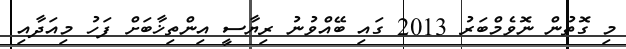
މި ގޮތުން ނޮވެމްބަރު 2013 ގައި ބޭއްވުނު ރިޔާސީ އިންތިޚާބަށް ފަހު މިއަދާއި